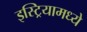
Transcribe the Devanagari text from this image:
इस्ट्रियामध्ये